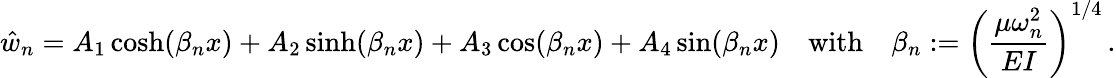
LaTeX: {\hat{w}}_{n}=A_{1}\cosh(\beta_{n}x)+A_{2}\sinh(\beta_{n}x)+A_{3}\cos(\beta_{n}x)+A_{4}\sin(\beta_{n}x)\quad{\mathrm{with}}\quad\beta_{n}:=\left({\frac{\mu\omega_{n}^{2}}{EI}}\right)^{1/4}\, .